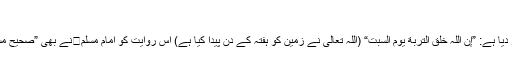
(مرتب)
۲- ”سلسلة الأحادیث الصحیحة“ (۵)میں شیخ نے درجِ ذیل روایت کو”صحیح“ قرار دیا ہے: ”إن اللّٰہ خلق التربةَ یومَ السبت“ (اللہ تعالیٰ نے زمین کو ہفتہ کے دن پیدا کیا ہے) اس روایت کو امام مسلمنے بھی ”صحیح مسلم“ (۶)میں اسی طرح نقل کیا ہے؛ لیکن یہ حدیث‘ قرآنِ کریم کے متعارض ہے۔